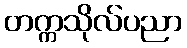
တက္ကသိုလ်ပညာ